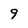
Character: 9